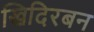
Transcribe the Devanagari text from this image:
खिदिरबन